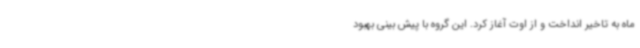
ماه به تاخیر انداخت و از اوت آغاز کرد. این گروه با پیش بینی بهبود